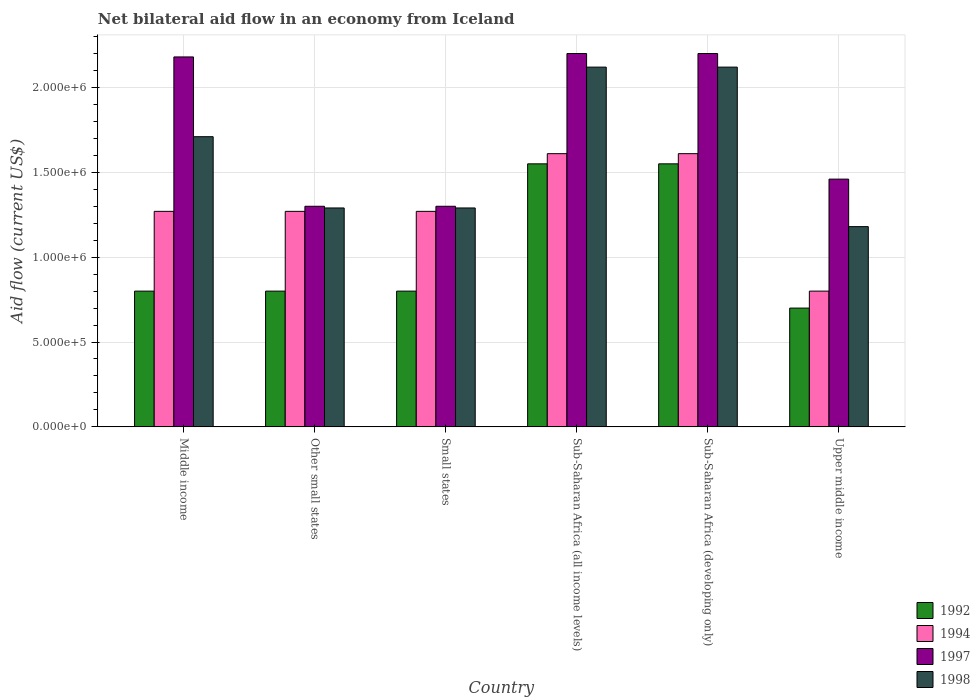
| Country | 1992 | 1994 | 1997 | 1998 |
 | --- | --- | --- | --- | --- |
 | Middle income | 8e+05 | 1.27e+06 | 2.18e+06 | 1.71e+06 |
 | Other small states | 8e+05 | 1.27e+06 | 1.3e+06 | 1.29e+06 |
 | Small states | 8e+05 | 1.27e+06 | 1.3e+06 | 1.29e+06 |
 | Sub-Saharan Africa (all income levels) | 1.55e+06 | 1.61e+06 | 2.2e+06 | 2.12e+06 |
 | Sub-Saharan Africa (developing only) | 1.55e+06 | 1.61e+06 | 2.2e+06 | 2.12e+06 |
 | Upper middle income | 7e+05 | 8e+05 | 1.46e+06 | 1.18e+06 |